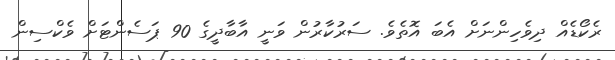
ރެކޯޑެއް ދިވެހިންނަށް އެބަ އޮތެވެ. ސަރުކާރުން ވަނީ އާބާދީގެ 90 ޕަސެންޓަށް ވެކްސިން